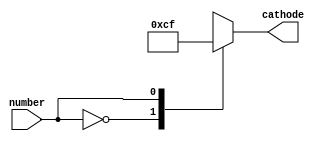
`timescale 1ns / 1ps
//////////////////////////////////////////////////////////////////////////////////
// Company: 
// Engineer: 
// 
// Design Name: 
// Module Name: tens_decoder
// Project Name: 
// Target Devices: 
// Tool Versions: 
// Description: 
// 
// Dependencies: 
// 
// Revision:
// Revision 0.01 - File Created
// Additional Comments:
// 
//////////////////////////////////////////////////////////////////////////////////


module tens_decoder(
        input number,
        output reg [6:0] cathode
    );
    
    initial begin
        cathode = 7'b0000001;
    end
    
    always @(number)
    begin
        case(number)
            0:cathode<=7'b0000001;
            1:cathode<=7'b1001111;
            default: cathode<=7'b1111111;
        endcase
    end
endmodule